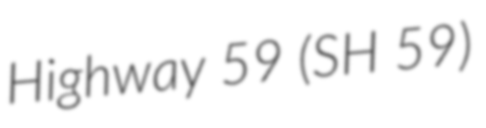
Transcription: Highway 59 (SH 59)